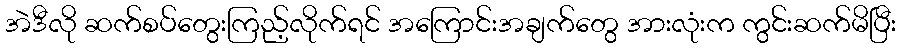
အဲဒီလို ဆက်စပ်တွေးကြည့်လိုက်ရင် အကြောင်းအချက်တွေ အားလုံးက ကွင်းဆက်မိပြီး